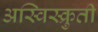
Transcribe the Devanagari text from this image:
अस्विस्क्रुती